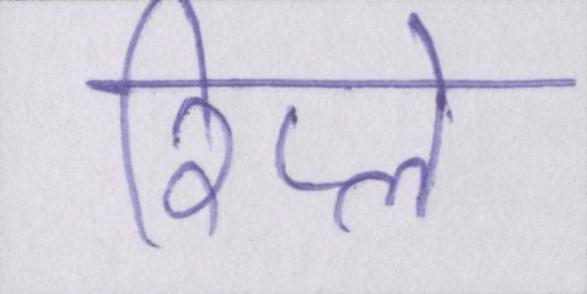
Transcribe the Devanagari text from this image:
रिप्ले